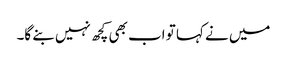
میں نے کہا تو اب بھی کچھ نہیں بنے گا۔